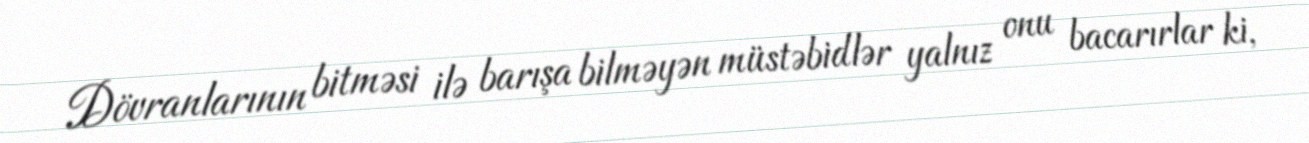
Dövranlarının bitməsi ilə barışa bilməyən müstəbidlər yalnız onu bacarırlar ki,